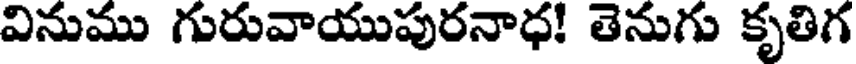
వినుము గురువాయుపురనాధ! తెనుగు కృతిగ